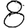
Digit: 8